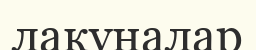
лакуналар